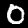
Digit: 0